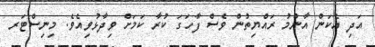
އަދި އެކަން އާންމު ރައްޔިތުން ވެސް ފާހަގަ ކުރާ ކަމަށް ވިދާޅުވިއެވެ. މިނިސްޓަރ